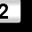
Digit: 2